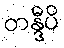
တန္ဒီပိ